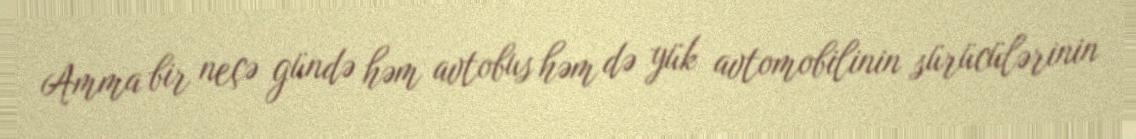
Amma bir neçə gündə həm avtobus həm də yük avtomobilinin sürücülərinin